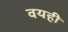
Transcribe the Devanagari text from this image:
वयही